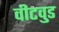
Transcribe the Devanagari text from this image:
वीटवुड